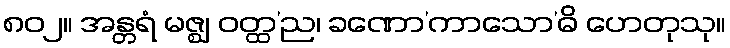
၈၀၂။ အန္တရံ မဇ္ဈ ဝတ္ထ’ည၊ ခဏော’ကာသော’ဓိ ဟေတုသု။